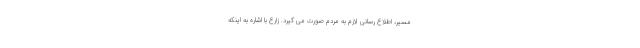
مسیر، اطلاع رسانی لازم به مردم صورت می گیرد. زارع با اشاره به اینکه